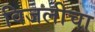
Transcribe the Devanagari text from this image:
विजलीचा